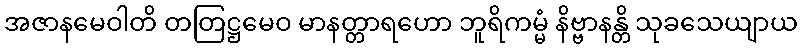
အဇာနမေဝါတိ တတြဋ္ဌမေဝ မာနတ္တာရဟော ဘူရိကမ္မံ နိဗ္ဗာနန္တိ သုခသေယျာယ